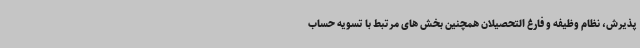
پذیرش، نظام وظیفه و فارغ التحصیلان همچنین بخش های مرتبط با تسویه حساب